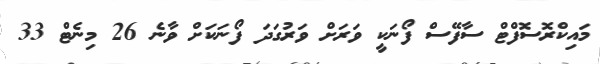
މައިކްރޮސޮފްޓް ސާފޭސް ފޯނަކީ ވަރަށް ވަރުގަދަ ފޯނަކަށް ވާނެ 26 މިނެޓް 33